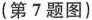
(第7题图)